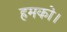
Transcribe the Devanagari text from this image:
हमको।